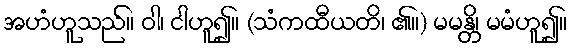
အဟံဟူသည်။ ဝါ၊ ငါဟူ၍။ (သံကထီယတိ၊ ၏။) မမန္တိ၊ မမံဟူ၍။